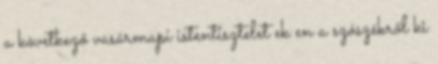
a következő vasármapi istentisztelet ek en a szószékről ki